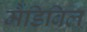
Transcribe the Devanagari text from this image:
मैंडिबिल